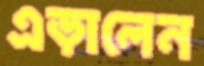
এড়ালেন